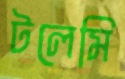
টলেমি